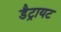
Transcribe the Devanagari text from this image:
डैट्रायट